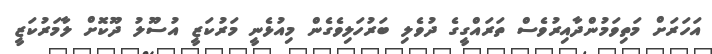
އަހަރަށް މަތިވަމުންދާއިރުވެސް ތަރައްގީގެ ދުވެލި ބަރުހަލިވެގެން މިއުޅެނީ މަރުކަޒީ އުސޫލު ދޫކޮށް ލާމަރުކަޒީ